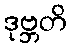
ဒုဗ္ဘတိ